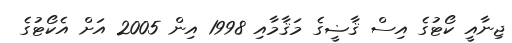
ޖިނާއީ ކޯޓުގެ އިސް ޤާޟީގެ މަޤާމާއި 1998 އިން 2005 އަށް އެކޯޓުގެ